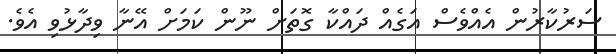
ސަރުކާރުން އެއްވެސް އަގެއް ދައްކާ ގޮތަށް ނޫން ކަމަށް އޭނާ ވިދާޅުވި އެވެ.